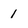
Character: 1